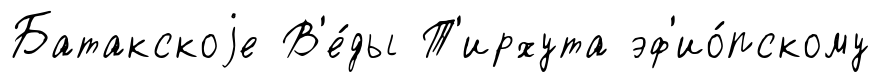
Батакскоjе В'е́ды Т'ирхута эф'ио́пскому